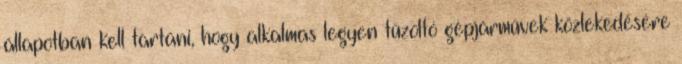
állapotban kell tartani, hogy alkalmas legyen tűzoltó gépjárművek közlekedésére